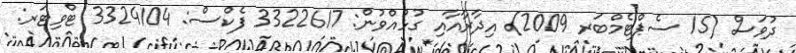
ދުވަސް (15 ސެޕްޓެމްބަރ 2009) އިދާރާއާއި ގުޅުއްވުން: 3322617 ފެކްސް: 3324104 ޓްވިޓަރ: